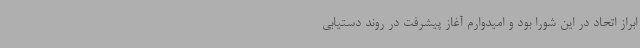
ابراز اتحاد در این شورا بود و امیدوارم آغاز پیشرفت در روند دستیابی